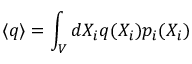
\langle q \rangle = \int _ { V } d X _ { i } q ( X _ { i } ) p _ { i } ( X _ { i } )